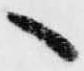
へ